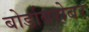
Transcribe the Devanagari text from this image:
बोर्डाबरोबर